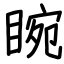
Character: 睕